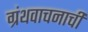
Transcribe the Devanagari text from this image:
ग्रंथवाचनाची